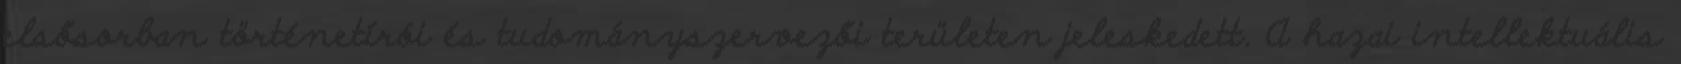
elsősorban történetírói és tudományszervezői területen jeleskedett. A hazai intellektuális